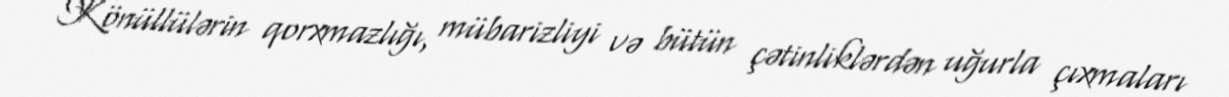
Könüllülərin qorxmazlığı, mübarizliyi və bütün çətinliklərdən uğurla çıxmaları